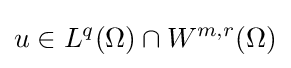
u\in L^{q}(\Omega )\cap W^{m,r}(\Omega )